DOW-UAP-D18, Mission Report, Iraq, December 2022
Agency: Department of War
Incident date: 12/1/22
Incident location: Iraq
Page 3
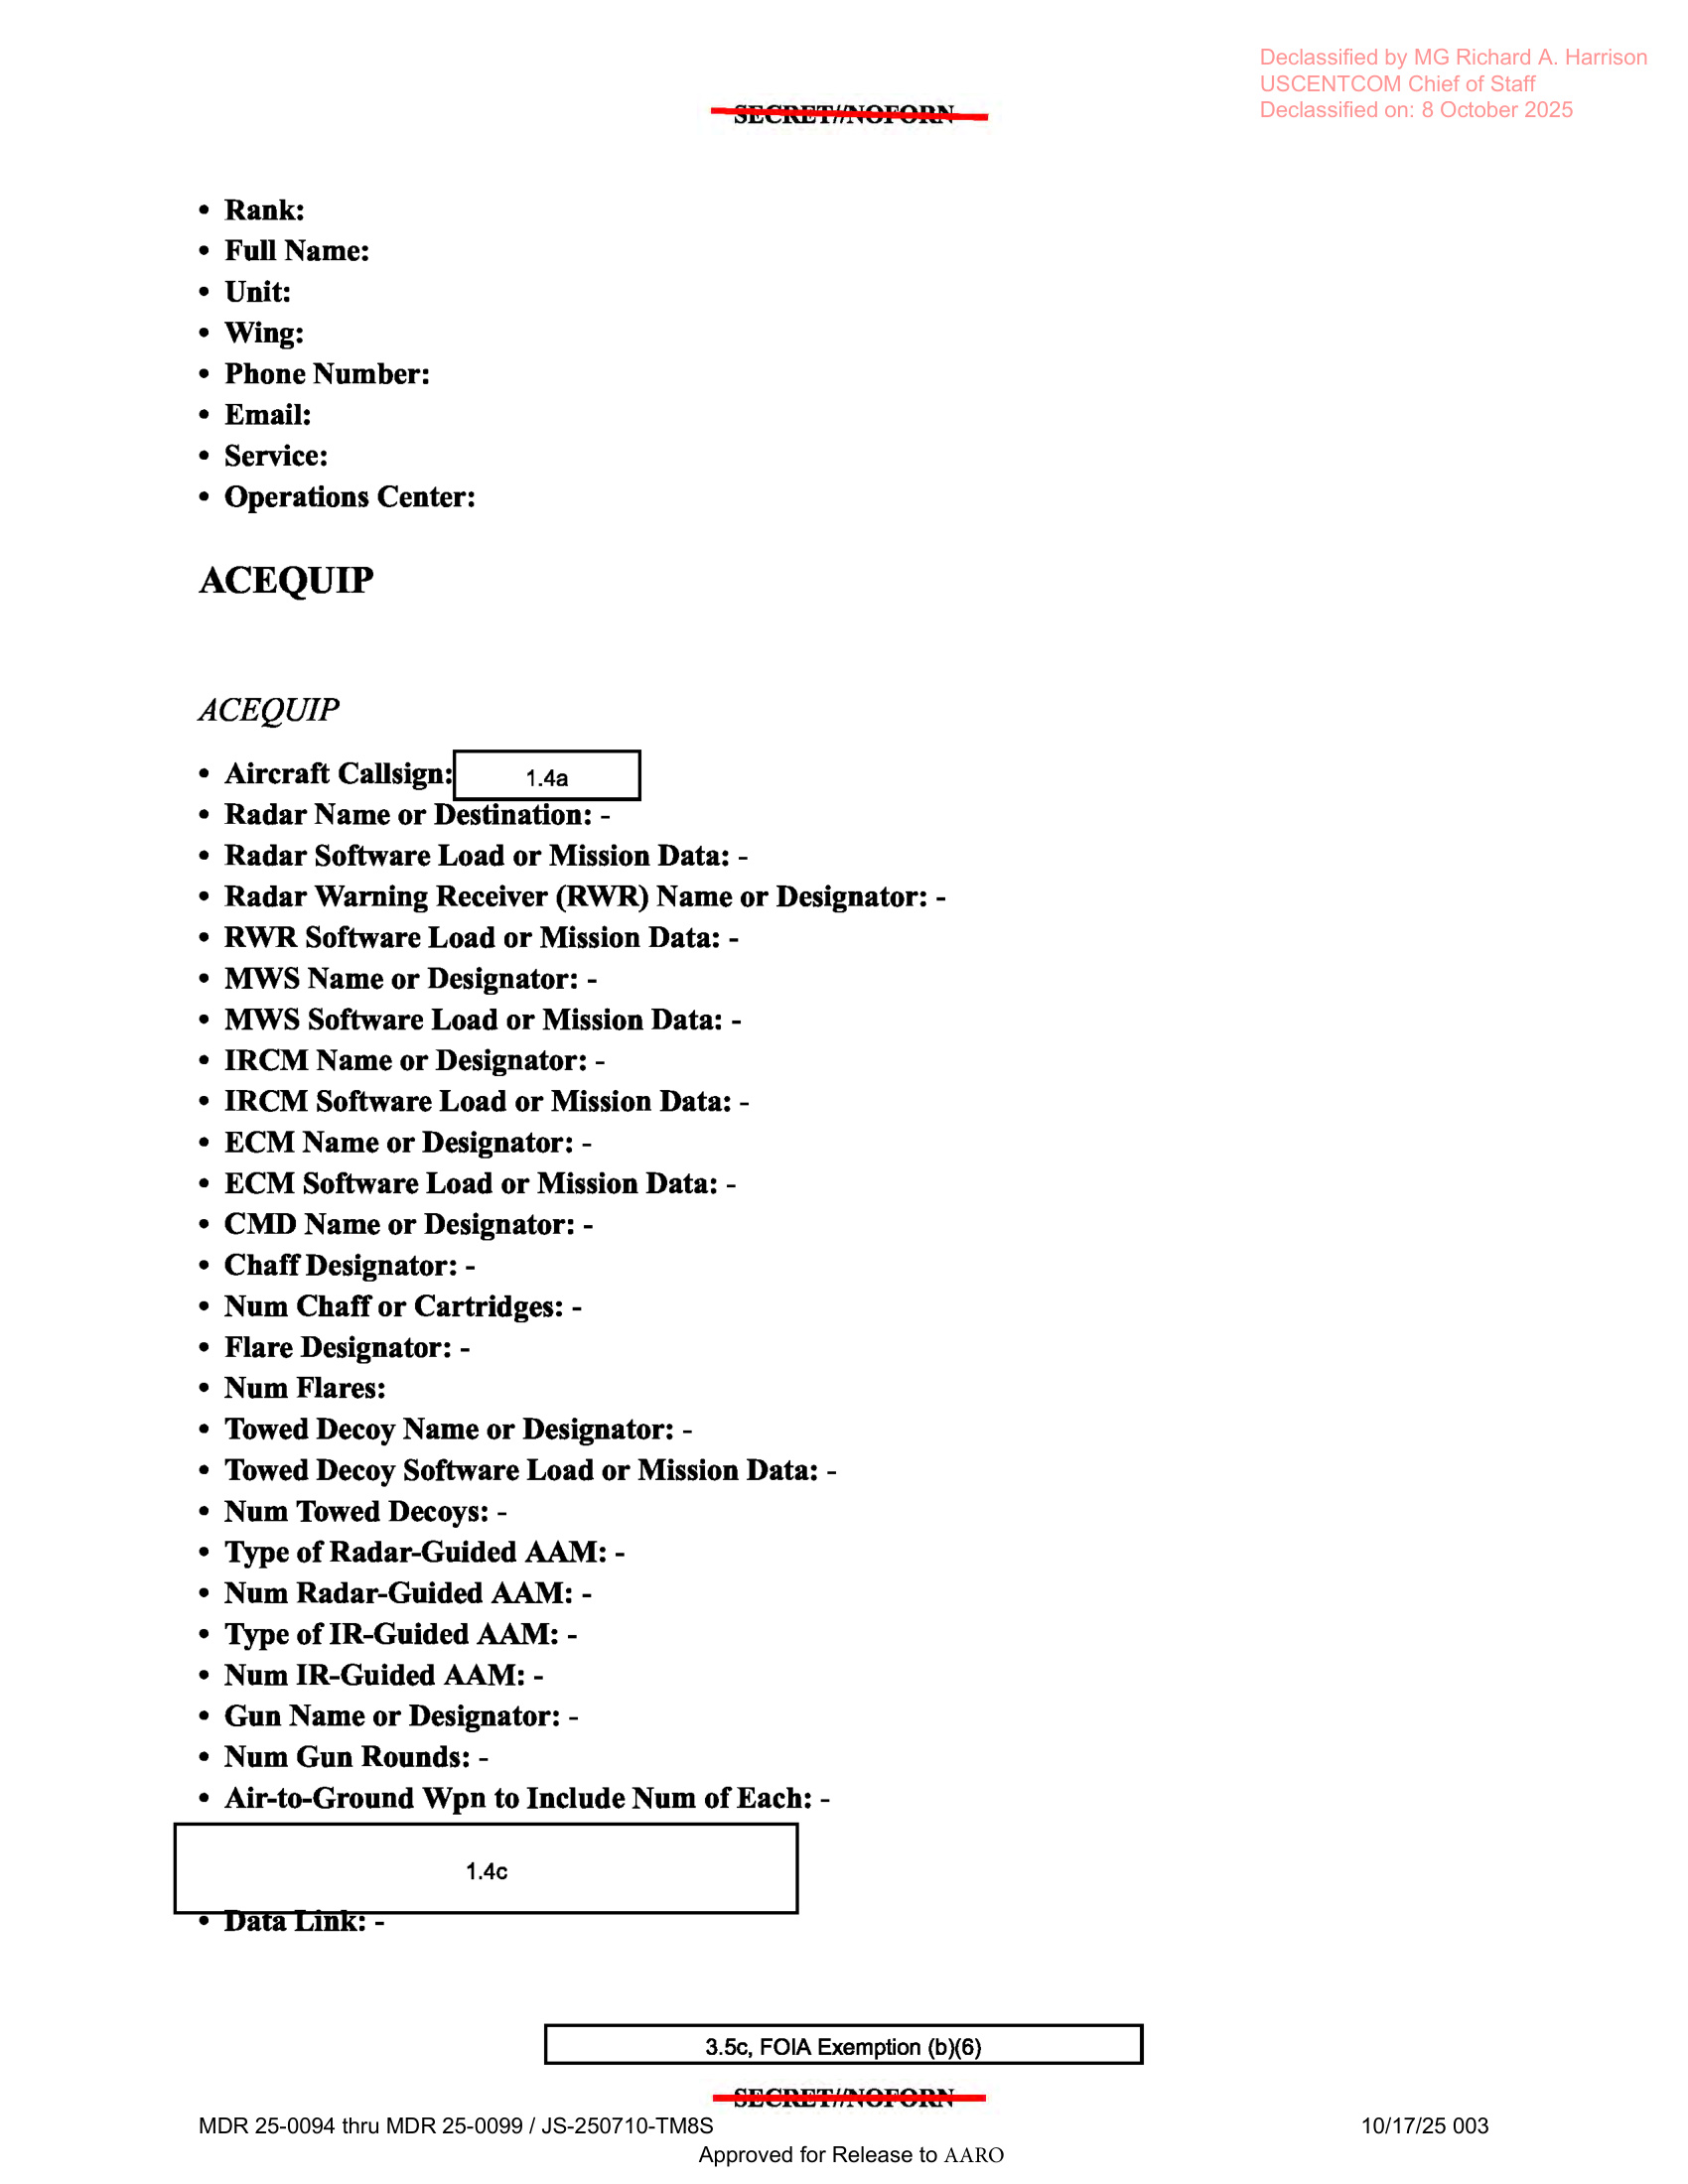